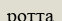
ротта